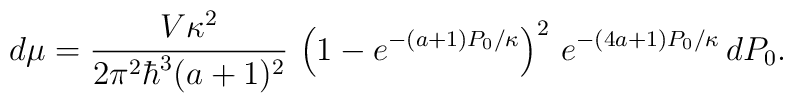
d\mu = \frac{V\kappa^2}{2\pi^2\hbar^3 (a+1)^2}\, \left(1- e^{-(a+1) P_0/\kappa}\right)^2\, e^{-(4a+1)P_0/\kappa}\, dP_0.